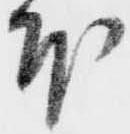
本